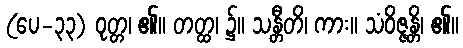
(ပေ-၃၃) ဝုတ္တ၊ ၏။ တတ္ထ၊ ၌။ သန္တီတိ၊ ကား။ သံဝိဇ္ဇန္တိ၊ ၏။